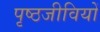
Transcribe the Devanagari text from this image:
पृष्ठजीवियों